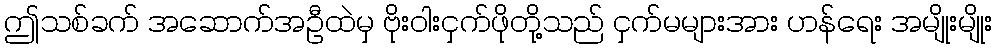
ဤသစ်ခက် အဆောက်အဦထဲမှ ဗိုးဝါးငှက်ဖိုတို့သည် ငှက်မများအား ဟန်ရေး အမျိုးမျိုး